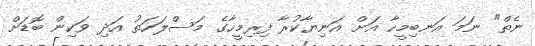
ނެތް" ނަމަ އަނބިމީހާ އަށް އަނިޔާކުރާ ފިރިމީހާގެ މަސްލަހަތު އަދި ވަކިން ބޮޑަށް